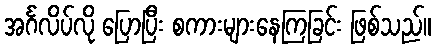
အင်္ဂလိပ်လို ပြောပြီး စကားများနေကြခြင်း ဖြစ်သည်။